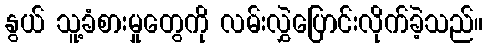
နွယ် သူ့ခံစားမှုတွေကို လမ်းလွှဲပြောင်းလိုက်ခဲ့သည်။